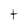
Character: t